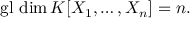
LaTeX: \operatorname { g l } \, \dim K [ X _ { 1 } , \ldots , X _ { n } ] = n .